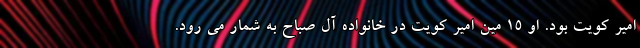
امیر کویت بود. او 15 مین امیر کویت در خانواده آل صباح به شمار می رود.